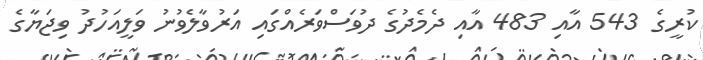
ކުރީގެ 543 އާއި 483 އާއި ދެމެދުގެ ދުވަސްވަރެއްގައި އަރުވާލެވުނު ވަލީއަހުދު ވިޖަޔާގެ